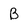
Character: B